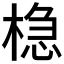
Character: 𬃡